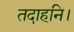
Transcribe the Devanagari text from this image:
तदाहनि।